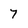
Character: 7